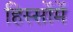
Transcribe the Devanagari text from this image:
हिस्सोंमें